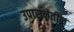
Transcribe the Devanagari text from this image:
उपासनेतील